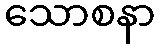
သောစနာ